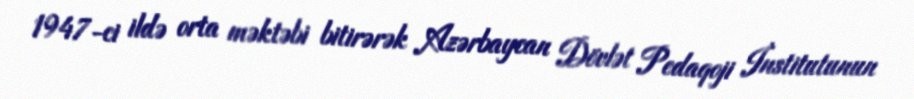
1947-ci ildə orta məktəbi bitirərək Azərbaycan Dövlət Pedaqoji İnstitutunun